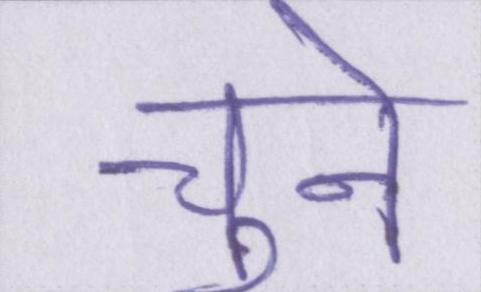
चुनें